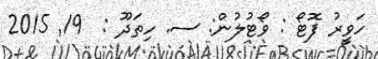
ހަވީރު ފޮޓޯ : ވޯޓުލުން: ސ. ހިތަދޫ :  19